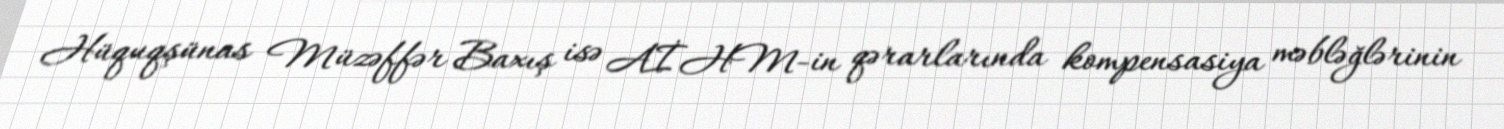
Hüquqşünas Müzəffər Baxış isə AİHM-in qərarlarında kompensasiya məbləğlərinin